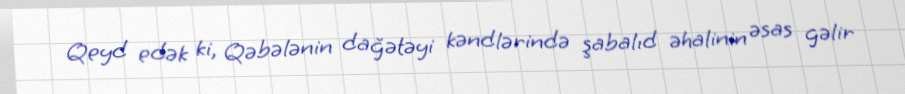
Qeyd edək ki, Qəbələnin dağətəyi kəndlərində şabalıd əhalinin əsas gəlir